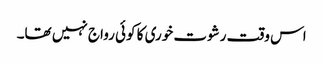
اس وقت رشوت خوری کا کوئی رواج نہیں تھا۔